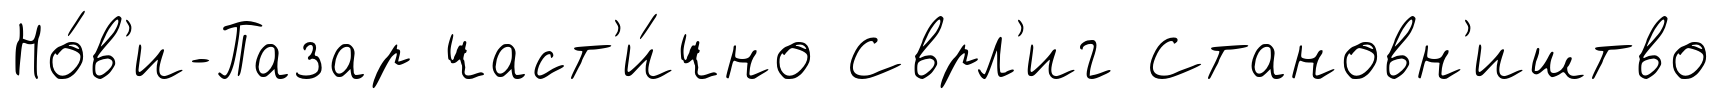
Но́в'и-Пазар част'и́чно Сврл'иг Становн'иштво